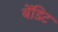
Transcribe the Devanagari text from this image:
बेंडिट